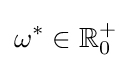
\omega ^{*}\in \mathbb {R} _{0}^{+}